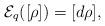
LaTeX: \begin{gather*}{\cal E}_q ([\rho]) = [d\rho],\end{gather*}